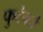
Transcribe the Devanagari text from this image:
फुटेको